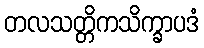
တလသတ္တိကသိက္ခာပဒံ